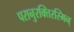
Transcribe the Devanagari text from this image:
परानुरक्तिरस्मिन्‌